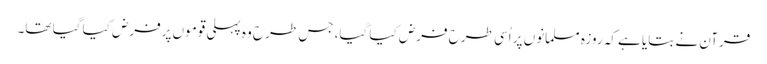
قرآن نے بتایا ہے کہ روزہ مسلمانوں پر اُسی طرح فرض کیا گیا، جس طرح وہ پہلی قوموں پرفرض کیا گیا تھا۔